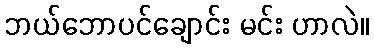
ဘယ်ဘောပင်ချောင်း မင်း ဟာလဲ။